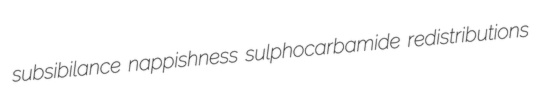
subsibilance nappishness sulphocarbamide redistributions